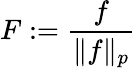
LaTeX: F:={\frac{f}{\| f\| _{p}}}